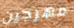
مهرجين